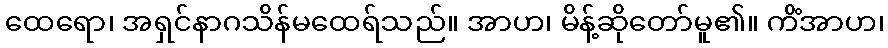
ထေရော၊ အရှင်နာဂသိန်မထေရ်သည်။ အာဟ၊ မိန့်ဆိုတော်မူ၏။ ကိံအာဟ၊